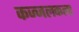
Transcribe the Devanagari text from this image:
कज्जलकला